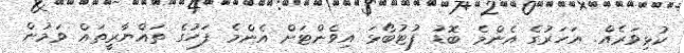
ކުޅިވަރެއް. އަހަރުގެ އެންމެ ބޮޑު ފުޓުބޯޅަ އިވެންޓަށް އެންމެ ފަހުގެ ތައްޔާރީތައް ވަމުން